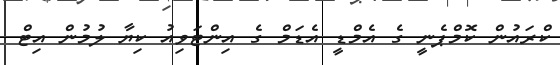
ކްރައުން ކޮމްޕެނީ ގެ އެމްޑީ އެޑަމް ގެ އިންޓަވިއު ކިޔާ ލުމުން އިޓް